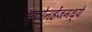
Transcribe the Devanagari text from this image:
स्टोनहेंजमध्ये